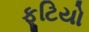
ફૂટિયો